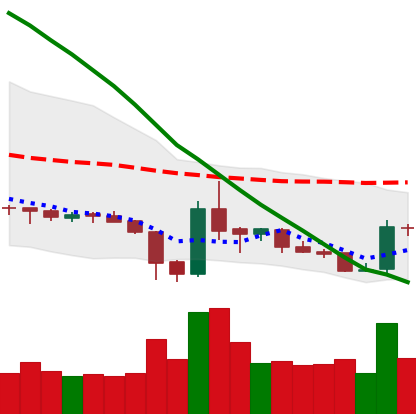
Ticker: XRP-USD
Chart end date: 2019-02-09
Forward return: -3.012%
Label: down_3_5